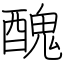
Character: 醜